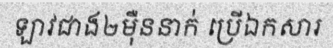
ឡាវជាង២ម៉ឺននាក់ ប្រើឯកសារ